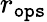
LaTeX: r_{\tt ops}